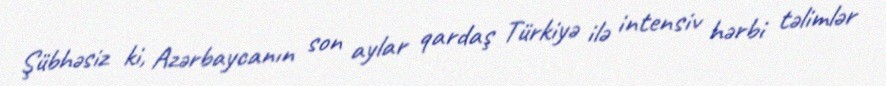
Şübhəsiz ki, Azərbaycanın son aylar qardaş Türkiyə ilə intensiv hərbi təlimlər